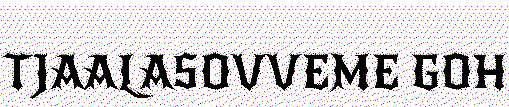
TJAALASOVVEME GOH